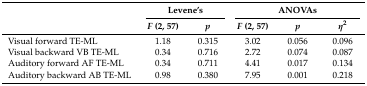
<table><thead><tr><td></td><td colspan="2"><b>Levene’s</b></td><td colspan="3"><b>ANOVAs</b></td></tr><tr><td></td><td><b><i>F</i> (2, 57)</b></td><td><b><i>p</i></b></td><td><b><i>F</i> (2, 57)</b></td><td><b><i>p</i></b></td><td><b><i>η</i><sup>2</sup></b></td></tr></thead><tbody><tr><td>Visual forward TE-ML</td><td>1.18</td><td>0.315</td><td>3.02</td><td>0.056</td><td>0.096</td></tr><tr><td>Visual backward VB TE-ML</td><td>0.34</td><td>0.716</td><td>2.72</td><td>0.074</td><td>0.087</td></tr><tr><td>Auditory forward AF TE-ML</td><td>0.34</td><td>0.711</td><td>4.41</td><td>0.017</td><td>0.134</td></tr><tr><td>Auditory backward AB TE-ML</td><td>0.98</td><td>0.380</td><td>7.95</td><td>0.001</td><td>0.218</td></tr></tbody></table>